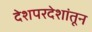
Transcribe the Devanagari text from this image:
देशपरदेशांतून